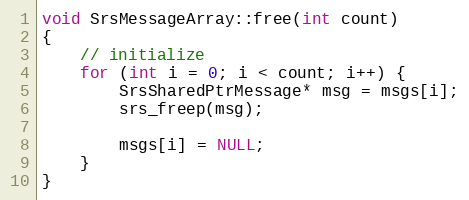
Language: C++
void SrsMessageArray::free(int count)
{
    // initialize
    for (int i = 0; i < count; i++) {
        SrsSharedPtrMessage* msg = msgs[i];
        srs_freep(msg);

        msgs[i] = NULL;
    }
}